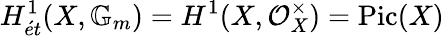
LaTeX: H_{{\acute{e}}t}^{1}(X,\mathbb{G}_{m})=H^{1}(X,{\mathcal{O}}_{X}^{\times})=\operatorname{Pic}(X)